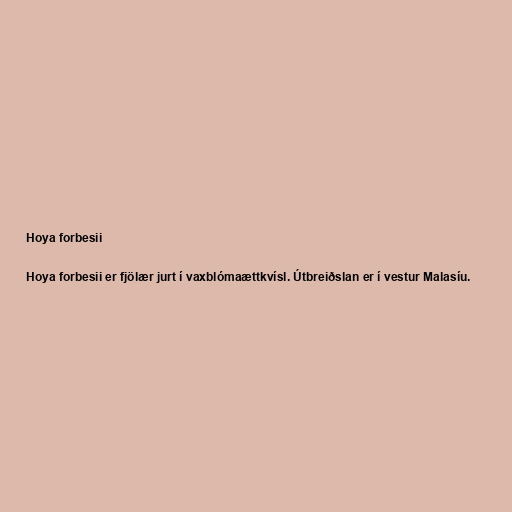
Hoya forbesii

Hoya forbesii er fjölær jurt í vaxblómaættkvísl. Útbreiðslan er í vestur Malasíu.